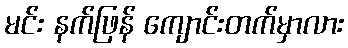
မင်း နက်ဖြန် ကျောင်းတက်မှာလား